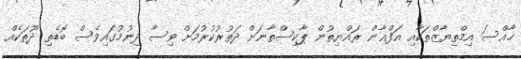
ޚާއްސަ އިމްތިޔާޒްތަކާއި އަފްޣާން ރައްޔިތުން ޕާކިސްތާނަށް ދަތުރުކުރުމަށް ވިސާ ދިނުމުގައިވެސް ބޮޑެތި ދޫތަކެއް